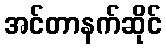
အင်တာနက်ဆိုင်